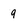
Character: 9